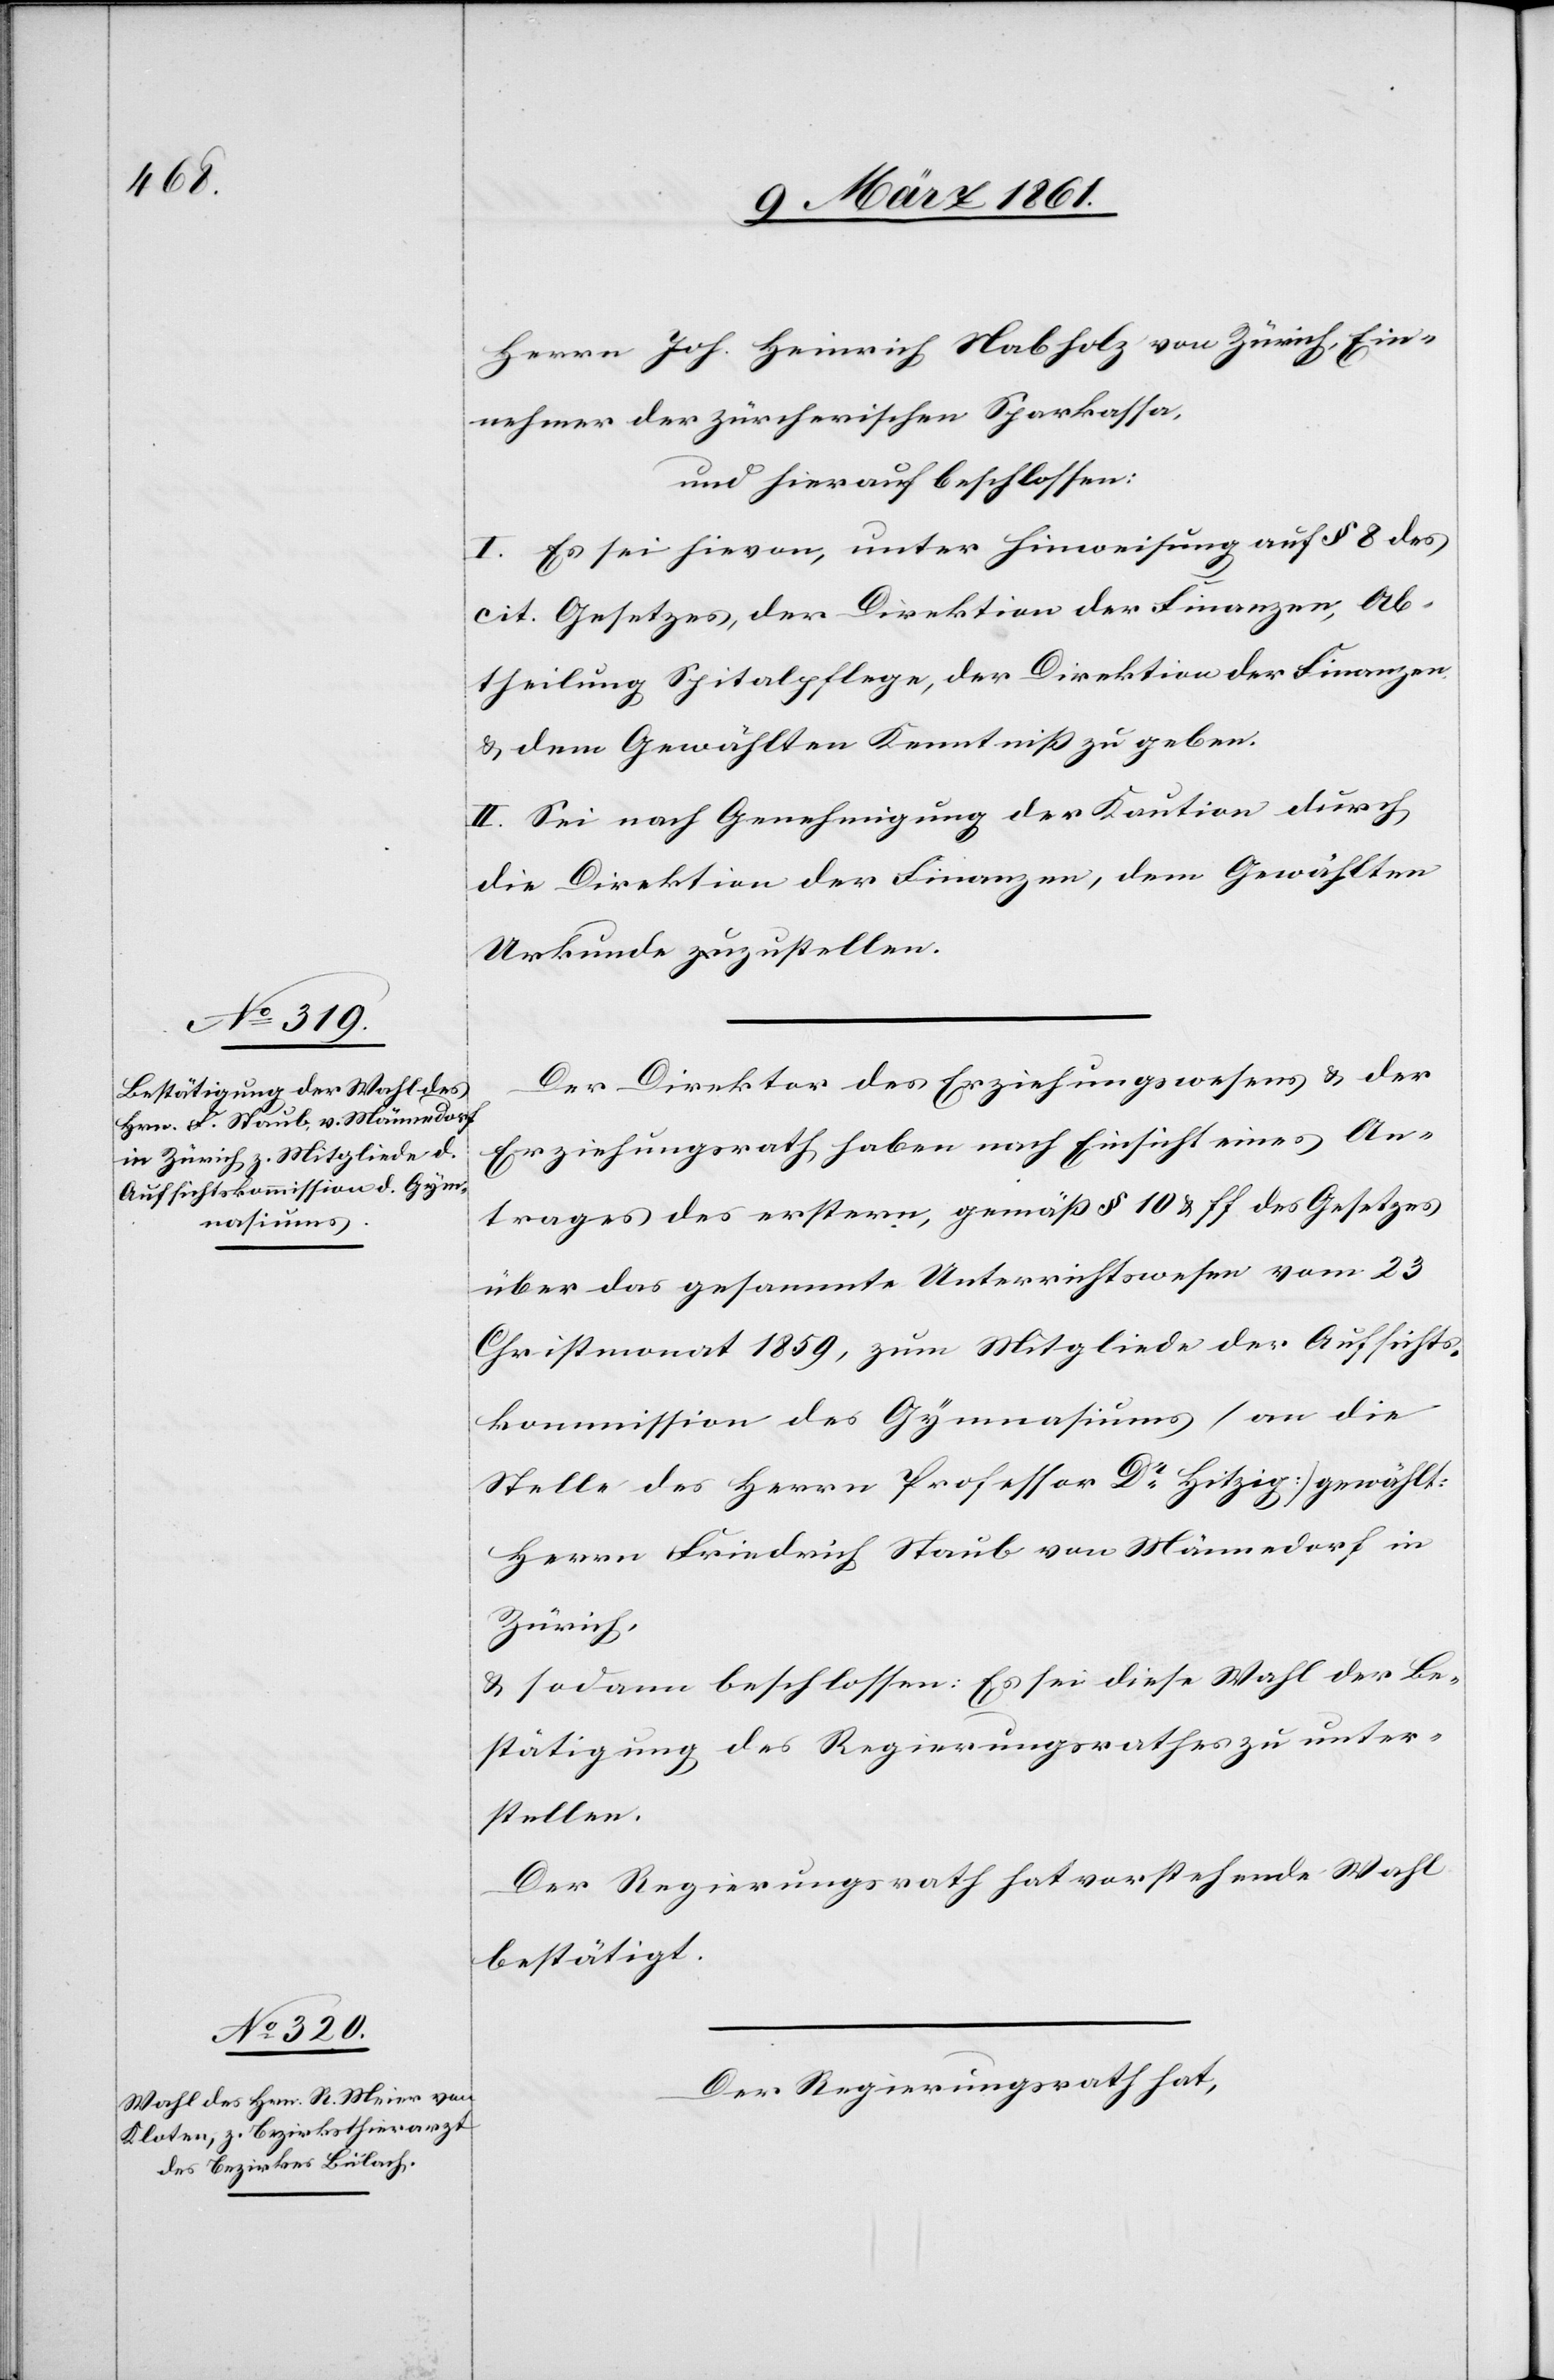
Herrn Joh. Heinrich Nabholz von Zürich, Ein¬
nehmer der zürcherischen Sparkassa,
und hierauf beschlossen:
I. Es sei hievon, unter Hinweisung auf § 8 des
cit. Gesetzes, der Direktion der Finanzen, Ab¬
theilung Spitalpflege, der Direktion der Finanzen
u. dem Gewählten Kenntniss zu geben.
II. Sei nach Genehmigung der Kaution durch
die Direktion der Finanzen, dem Gewählten
Urkunde zuzustellen.
Der Direktion des Erziehungswesens u. der
Erziehungsrath haben nach Einsicht eines An¬
trages des erstern, gemäss § 10 u. ff. des Gesetzes
über das gesammte Unterrichtswesen vom 23.
Christmonat 1859, zum Mitgliede der Aufsichts¬
kommission des Gymnasiums (an die
Stelle des Herrn Professor Dr. Hitzig) gewählt:
Herrn Friedrich Staub von Männedorf in
Zürich,
u. sodann beschlossen: Es sei diese Wahl der Be¬
stätigung des Regierungsrathes zu unter¬
stellen.
Der Regierungsrath hat vorstehende Wahl
bestätigt.